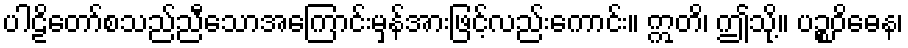
ပါဠိတော်စသည်ညီသောအကြောင်းမှန်အားဖြင့်လည်းကောင်း။ ဣတိ၊ ဤသို့။ ပဉ္စဝိဓေန၊